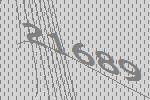
21689